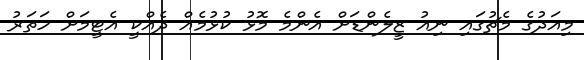
މިއަދުގެ މެޗުގައި ނިއު ޒީލެންޑަށް އެންމެ މޮޅު ކުުޅުމެއް ދެއްކީ އެޓީމަށް ހަތަރު